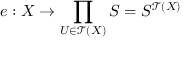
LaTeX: e : X \to \prod _ { U \in { \mathcal { T } } ( X ) } S = S ^ { { \mathcal { T } } ( X ) }